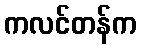
ကလင်တန်က